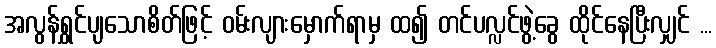
အလွန်ရွှင်ပျသောစိတ်ဖြင့် ဝမ်းလျားမှောက်ရာမှ ထ၍ တင်ပလ္လင်ဖွဲ့ခွေ ထိုင်နေပြီးလျှင် ...